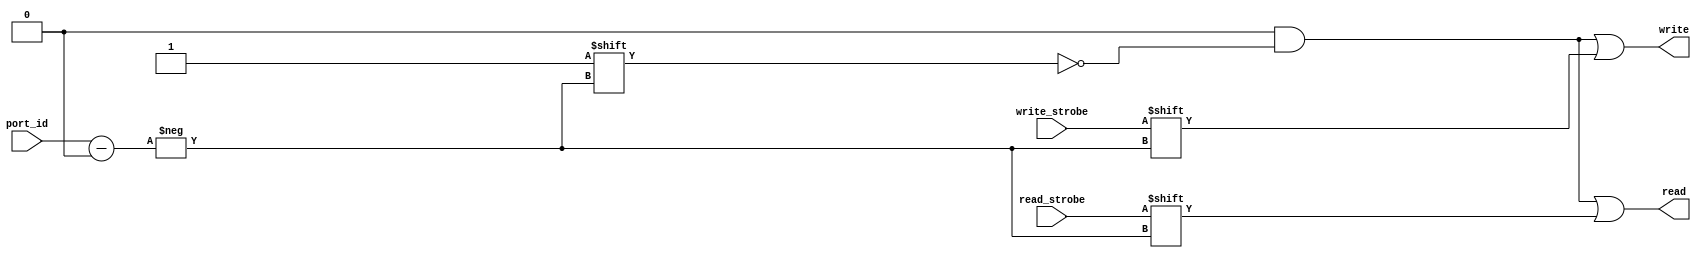
`timescale 1ns / 1ps
//****************************************************************//
//  This document contains information proprietary to the         //
//  CSULB student that created the file - any reuse without       //
//  adequate approval and documentation is prohibited             //
//                                                                //
//  Class: <CECS 460>                                             //
//  Project name: <Project 3>                                     //
//                                                                //
//  Created by <Chou Thao> on <2/16/17>.                          //
//  Copyright  2016 <Chou Thao>. All rights reserved.            //
//                                                                //
//  Abstract: <This is a decoder which takes in a 4 bit port_id,  //
//             a read_strobe and write_strobe to determine which  //
//             what outputs to read and write.>                   //
//                                                                //
//  Edit history: <keep track of changes to the file>             //
//                                                                //
//  In submitting this file for class work at CSULB               //
//  I am confirming that this is my work and the work             //
//  of no one else.                                               //
//                                                                //
//  In the event other code sources are utilized I will           //
//  document which portion of code and who is the author          //
//                                                                //
// In submitting this code I acknowledge that plagiarism          //
// in student project work is subject to dismissal from the class //
//****************************************************************//
module dec(read_strobe, write_strobe, port_id, read, write);
	 input             read_strobe, write_strobe;
	 input       [3:0] port_id;
	 output reg [15:0] read, write;
	 
	 // initialize read and write then 
	 // update the two 16 bit registers
	 // accordingly to the input port_id
	 always @(*)
	 begin
		read = 16'b0;
		write = 16'b0;
		write[port_id] = write_strobe;
		read[port_id] = read_strobe;
	 end

endmodule